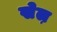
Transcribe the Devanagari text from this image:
खेल़